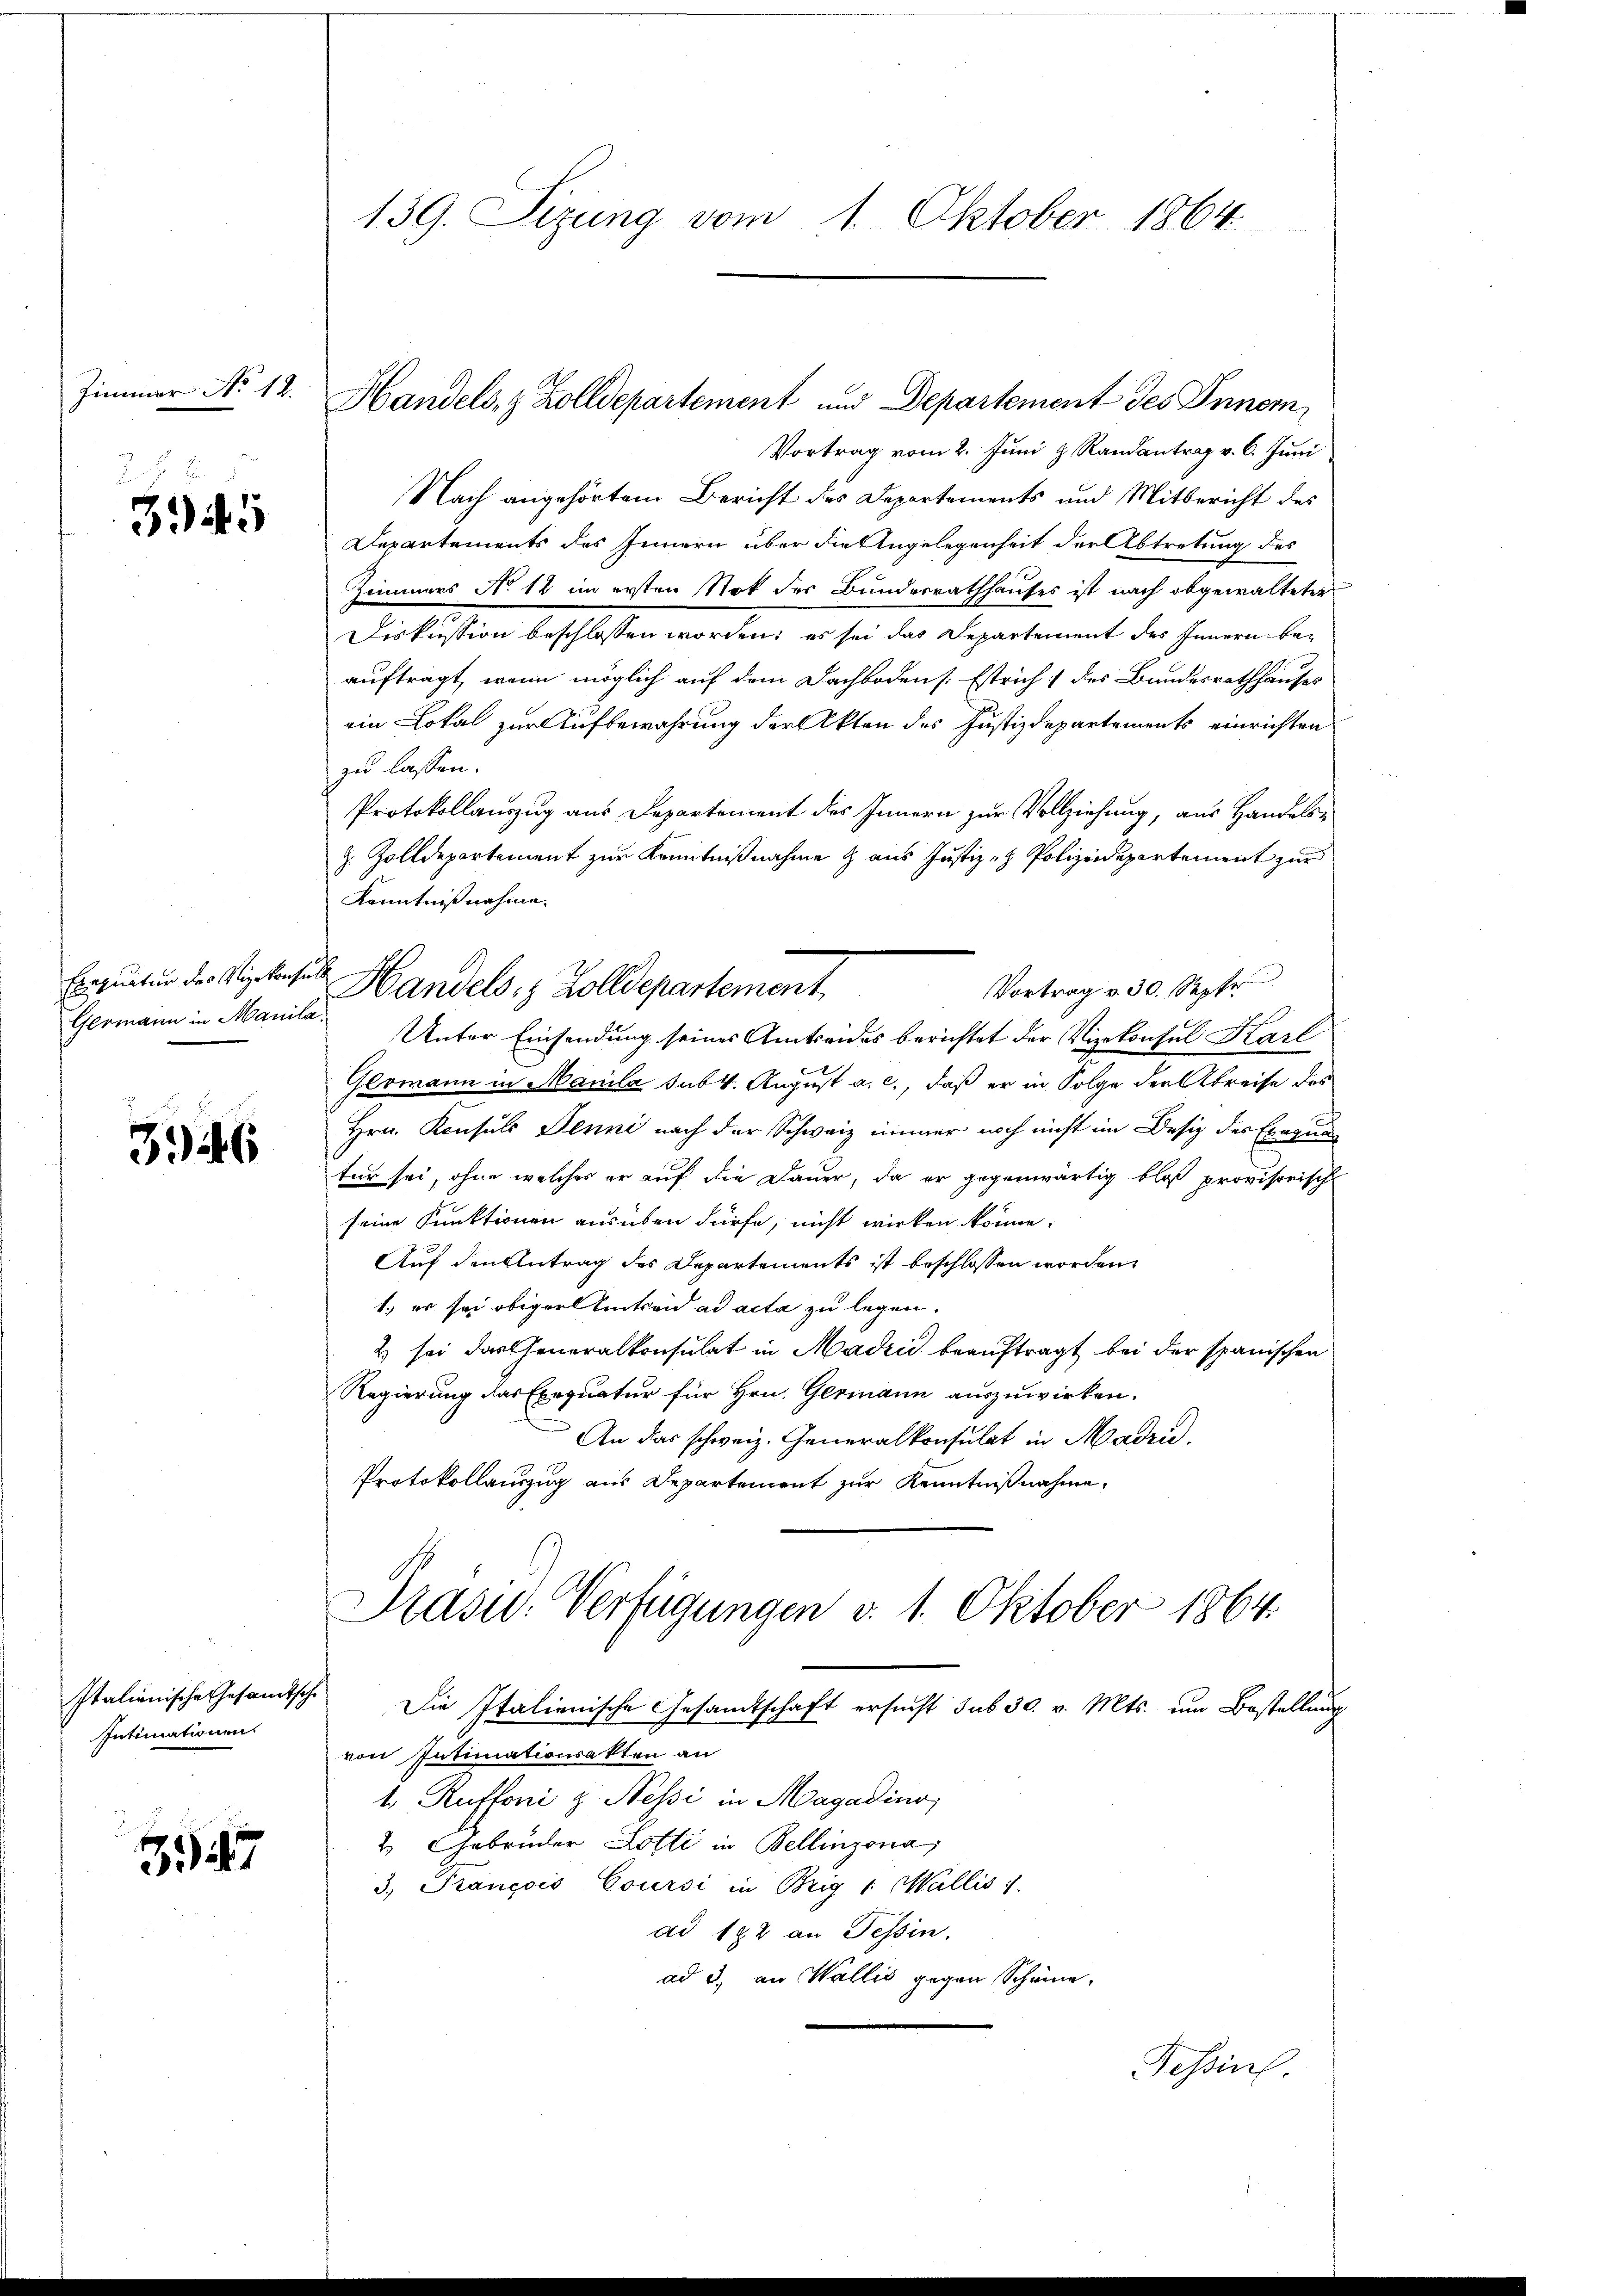
Zimmer No 12.

345

Germann in Manila¬

3.46

Intimationen

347

Vortrag vom 2. Juni z. Randantrag v. 6. Juni
Nach angehörtem Bericht des Departements und Mitbericht des
Departements des Innern über die Angelegenheit der Abtretung des
Zimmers No 12 im ersten Stok des Bundesrathhauses ist nach obgewalteter
Diskussion beschlossen worden; es sei das Departement des Innern beauftragt, wenn möglich auf dem Dachbodens. Estrich] des Bundesrathhauses
ein Lokal zur Aufbewahrung der Akten des Justizdepartements einrichten
zu lassen.
Protokollauszug aus Departement des Innern zur Vollziehung, aus Handelsz. Zolldepartement zur Kenntnißnahme & aus Justiz- & Polizeidepartement zur
Kenntnißnahme.
Vortrag v. 30. Septe
Unter Einsendung seines Amtseides berichtet der Vizekonsul Karl
Glomann in Manila sub. 4. August a. c., daß er in Folge der Abreise des
Hrn. Konsuls Penni nach der Schweiz immer noch nicht im Desiz des Exequa
tür sei, ohne welches er auf die Dauer, da er gegenwärtig bloß provisorische
seine Funktionen ausüben dürfe, nicht wirken könne;
Auf den Antrag des Departements ist beschlossen worden
1. er sei obiger Einten ad acta zu legen.
2 sei das Generalkonsulat in Madrid beauftragt bei der spanischen
Regierung das Exequatur für Hrn. Germann auszuwirken.
An das schweiz. Generalkonsulat in Madri
Protokollauszug aus Departement zur Kenntnißnahme,
Masu. Verfügungen v. 1. Oktober 1864
Italienische Gesamtsche Die Italienische Gesandtschaft ersucht sub 30. v. Mts. um Bestellung
von Intimationsakten an
1 Ruffoni & Nessi in Magadino,
2. Gebrüder Lotti in Bellinzona,
3, François Coursi in Brig & Wallis 1.
ad 182 an Tessin,
ad 3., an Wallis gegen Scheine
Tessin.

139. Sizung vom 1. Oktober 1864

Handels, z. Zolldepartement und Departement des Innern,

Erwerten des Vizekonsul Handels- & Zolldepartement,